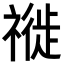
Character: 𥛨